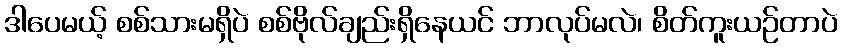
ဒါပေမယ့် စစ်သားမရှိပဲ စစ်ဗိုလ်ချည်းရှိနေယင် ဘာလုပ်မလဲ၊ စိတ်ကူးယဉ်တာပဲ